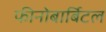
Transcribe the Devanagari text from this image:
फीनोबार्बिटल